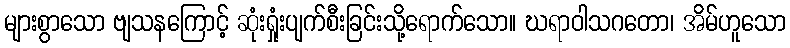
များစွာသော ဗျသနကြောင့် ဆုံးရှုံးပျက်စီးခြင်းသို့ရောက်သော။ ဃရာဝါသဂတော၊ အိမ်ဟူသော